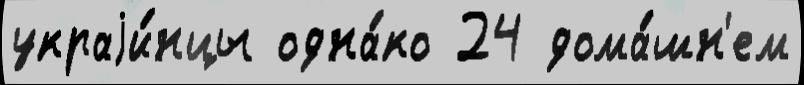
украjи́нцы одна́ко 24 дома́шн'ем